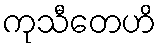
ကုသီတေဟိ